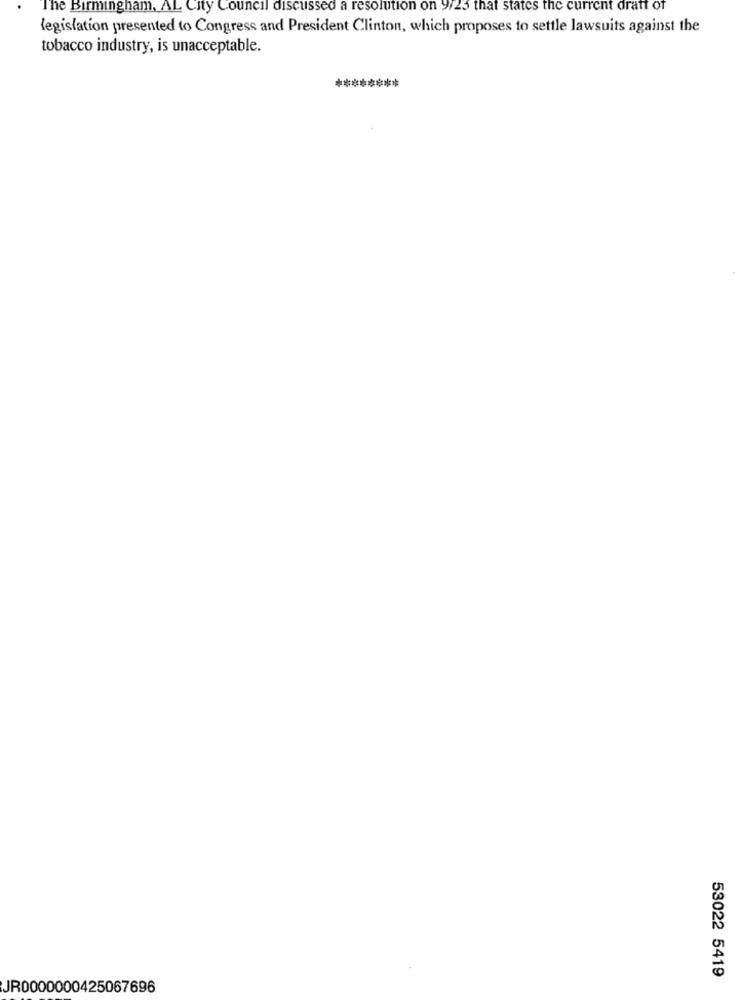
The Birmingham, AL City Council discussed a resolution on 9/23 that states the current draft of
legislation presented to Congress and President Clinton, which proposes to settle lawsuits against the
tobacco industry, is unacceptable.
********
53022 5419
JR0000000425067696